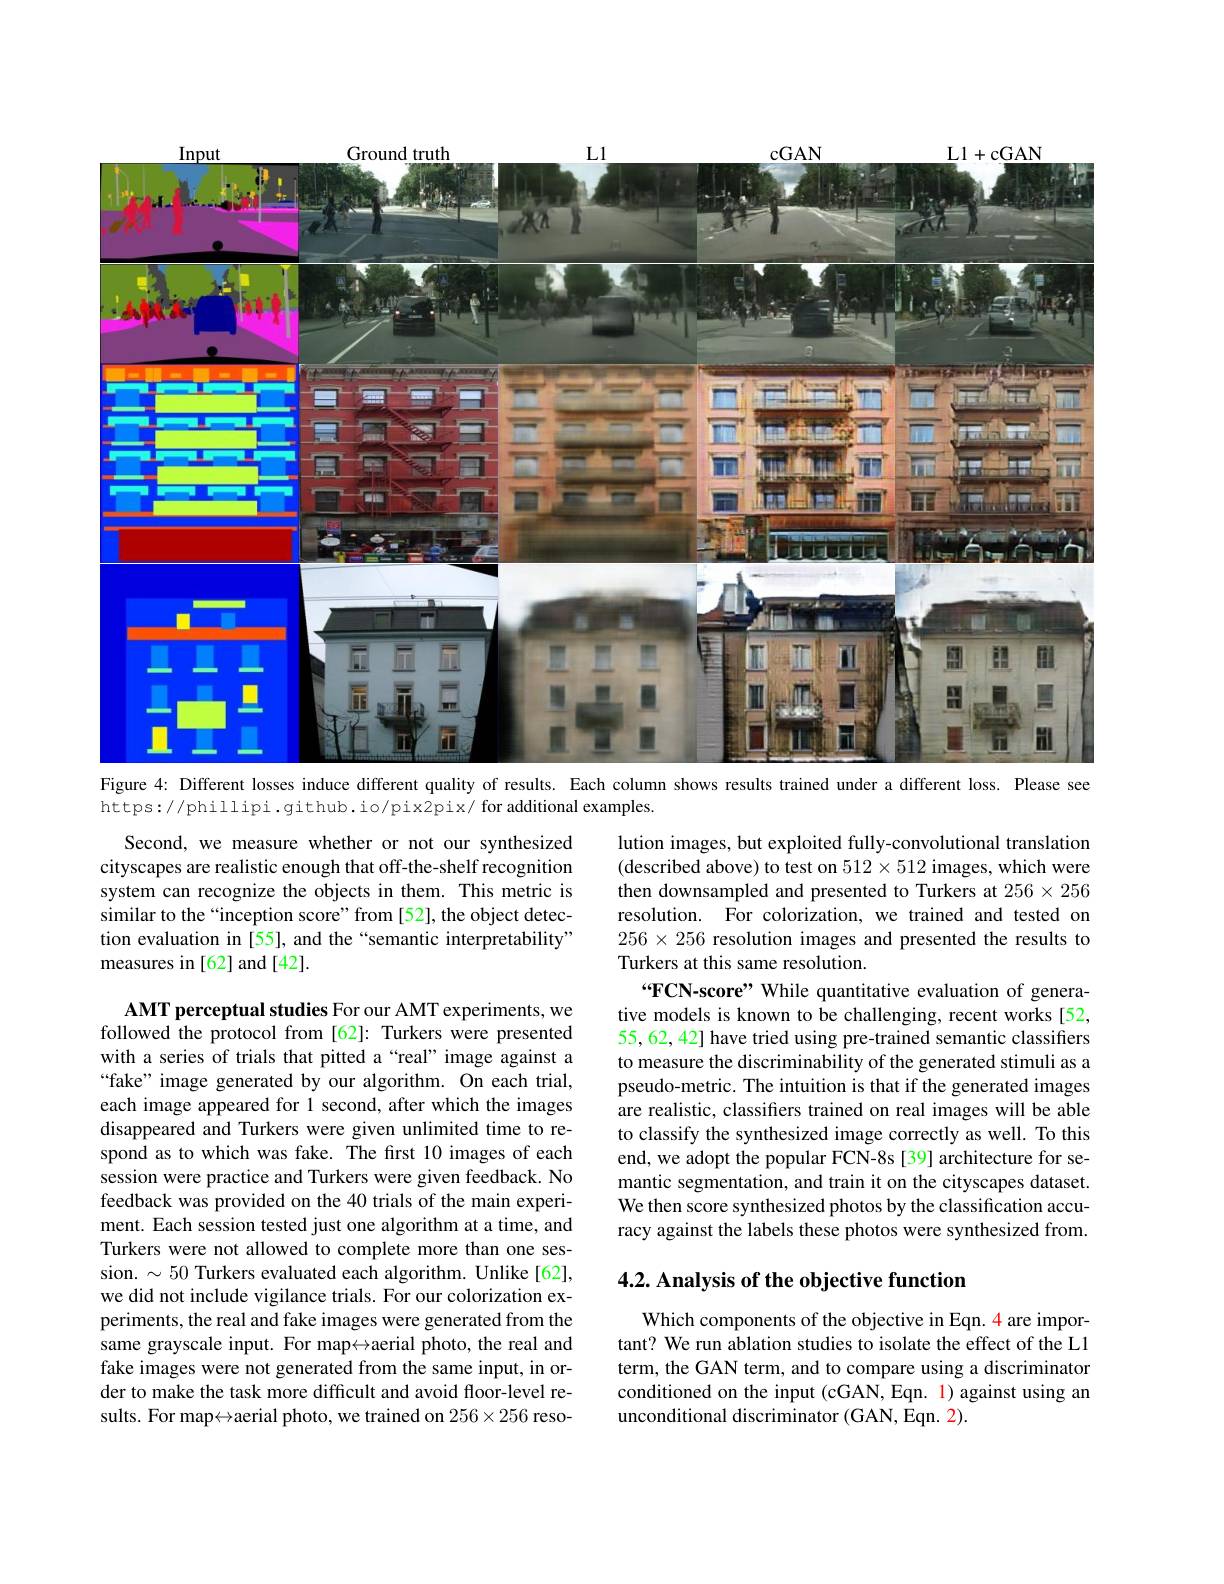
<FigureHere>

Figure 4: Different losses induce different quality of results. Each column shows results trained under a different loss. Please see

https://phillipi.github.io/pix2pix/ for additional examples.

Second, we measure whether or not our synthesized cityscapes are realistic enough that off-the-shelf recognition system can recognize the objects in them. This metric is similar to the “inception score”from [52], the object detection evaluation in [55], and the “semantic interpretability” measures in [62] and [42].

lution images, but exploited fully-convolutional translation (described above) to test on $512\times512$ images, which were then downsampled and presented to Turkers at $256\times256$ resolution. For colorization, we trained and tested on $256\times256$ resolution images and presented the results to Turkers at this same resolution.
“FCN-score” While quantitative evaluation of generative models is known to be challenging, recent works [52, 55,62, 42] have tried using pre-trained semantic classifiers to measure the discriminability of the generated stimuli as a pseudo-metric. The intuition is that if the generated images are realistic, classifiers trained on real images will be able to classify the synthesized image correctly as well. To this end, we adopt the popular FCN-8s [39] architecture for semantic segmentation, and train it on the cityscapes dataset. We then score synthesized photos by the classification accuracy against the labels these photos were synthesized from.

AMT perceptual studies For our AMT experiments, we followed the protocol from [62]: Turkers were presented with a series of trials that pitted a“real” image against a “fake” image generated by our algorithm. On each trial, each image appeared for l second, after which the images disappeared and Turkers were given unlimited time to respond as to which was fake. The first 10 images of each session were practice and Turkers were given feedback. No feedback was provided on the 40 trials of the main experiment. Each session tested just one algorithm at a time, and Turkers were not allowed to complete more than one session. $\sim50$ Turkers evaluated each algorithm. Unlike[62], we did not include vigilance trials. For our colorization experiments, the real and fake images were generated from the same grayscale input. For map$\leftrightarrow$aerial photo, the real and fake images were not generated from the same input, in order to make the task more difficult and avoid floor-level results. For map↔aerial photo, we trained on $256\times256$ reso-

## 4.2. Analysis of the objective function

Which components of the objective in Eqn. 4 are important? We run ablation studies to isolate the effect of the L1 term, the GAN term, and to compare using a discriminator conditioned on the input (cGAN, Eqn. 1) against using an unconditional discriminator (GAN, Eqn. 2).